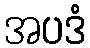
အပဒံ